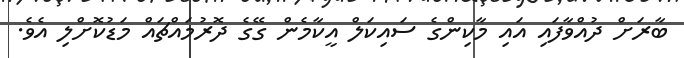
ބާރަށް ދުއްވާފައި އައި މާކިންގެ ސައިކަލް އީކާމެން ގޭގެ ދޮރުމައްޗައް މަޑުކޮށްލި އެވެ.